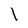
Character: l